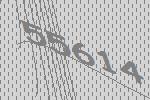
55614